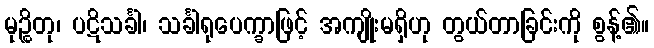
မုဉ္စိတု၊ ပဋိသင်္ခါ၊ သင်္ခါရုပေက္ခာဖြင့် အကျိုးမရှိဟု တွယ်တာခြင်းကို စွန့်၏။